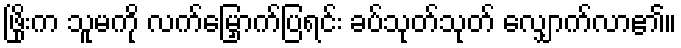
ဖြိုးက သူမကို လက်မြှောက်ပြရင်း ခပ်သုတ်သုတ် လျှောက်လာ၏။